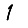
Digit: 1